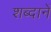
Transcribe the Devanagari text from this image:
शब्दानें